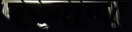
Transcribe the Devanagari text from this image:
परगाणा